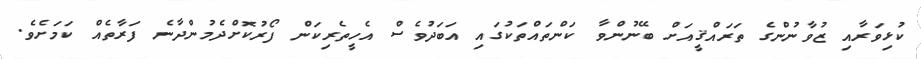
ކުޅިވަރާއި ޒުވާނުންގެ ތަރައްޤީއަށް ބޭނުންވާ ކަންތައްތަކުގައި އަބަދުވެސް އެހީތެރިކަން ފޯރުކޮށްދެމުންދާނެ ފަރާތެއް ކަމަށެވެ.